Report on vaccination in the Province of Bengal - 1874-1889
Year: 1874
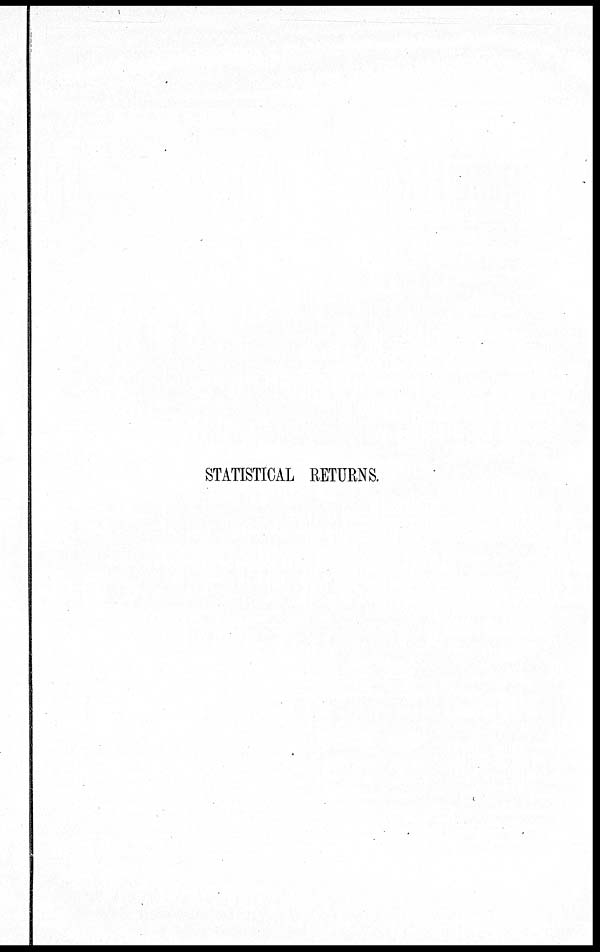
STATISTICAL RETURNS.